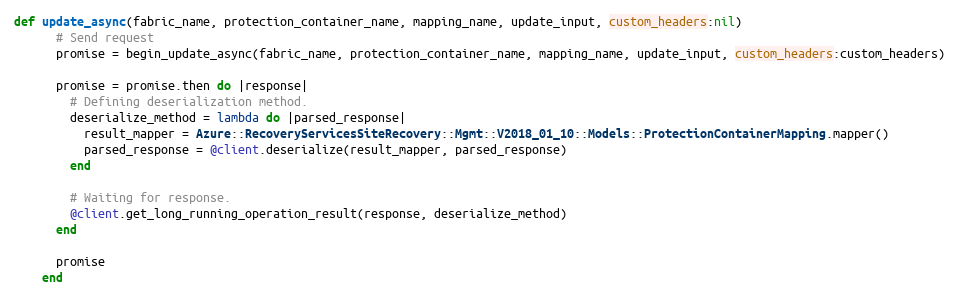
Language: Ruby
def update_async(fabric_name, protection_container_name, mapping_name, update_input, custom_headers:nil)
      # Send request
      promise = begin_update_async(fabric_name, protection_container_name, mapping_name, update_input, custom_headers:custom_headers)

      promise = promise.then do |response|
        # Defining deserialization method.
        deserialize_method = lambda do |parsed_response|
          result_mapper = Azure::RecoveryServicesSiteRecovery::Mgmt::V2018_01_10::Models::ProtectionContainerMapping.mapper()
          parsed_response = @client.deserialize(result_mapper, parsed_response)
        end

        # Waiting for response.
        @client.get_long_running_operation_result(response, deserialize_method)
      end

      promise
    end